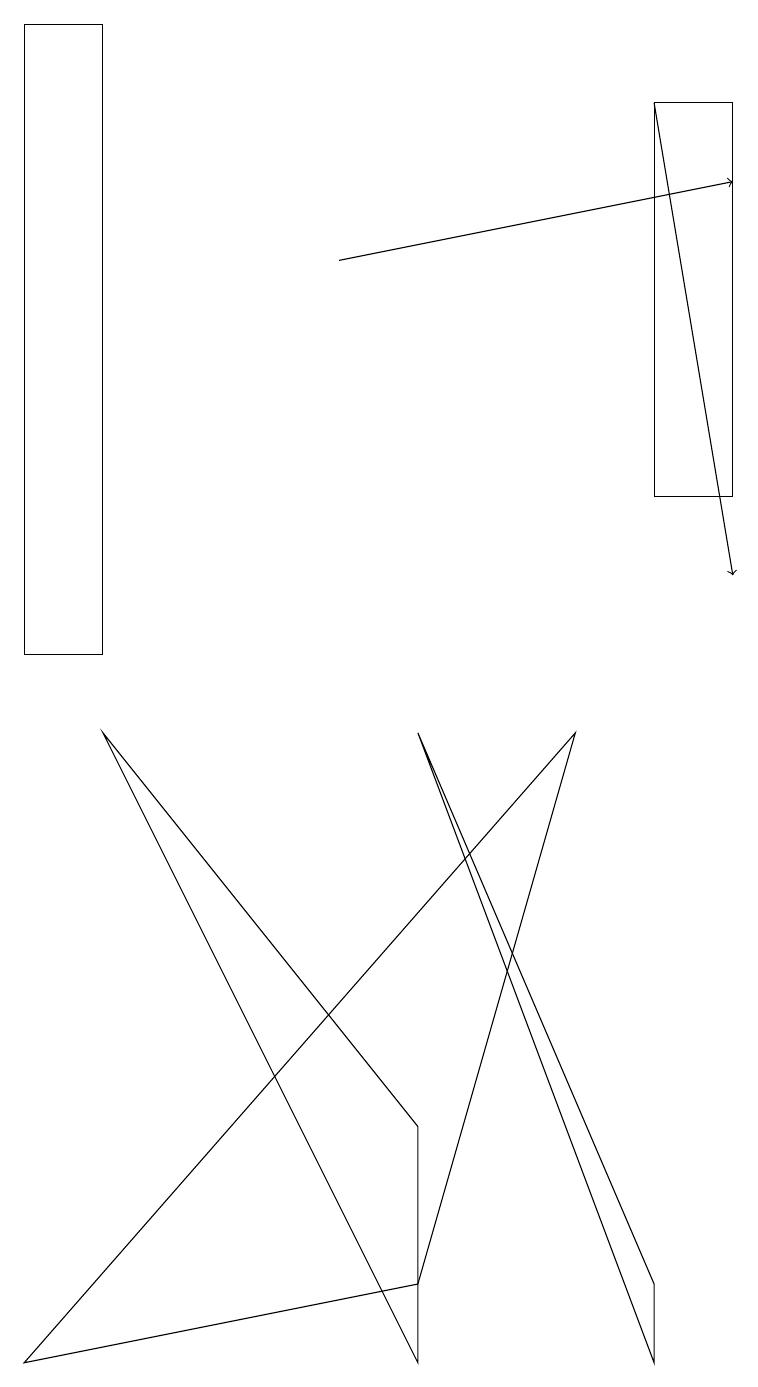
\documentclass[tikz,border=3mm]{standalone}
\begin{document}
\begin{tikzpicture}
\draw[->] (8,17) -- (9,11);
\draw (5,4) -- (5,1) -- (1,9) -- cycle;
\draw (8,12) rectangle (9,17);
\draw[->] (4,15) -- (9,16);
\draw (0,10) rectangle (1,18);
\draw (5,9) -- (8,2) -- (8,1) -- cycle;
\draw (0,1) -- (5,2) -- (7,9) -- cycle;
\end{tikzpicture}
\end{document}